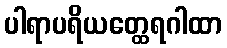
ပါရာပရိယတ္ထေရဂါထာ